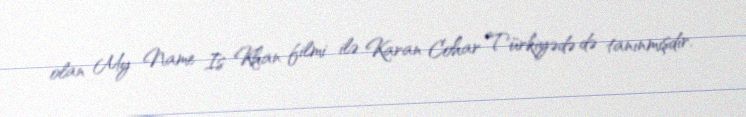
olan My Name Is Khan filmi ilə Karan Cohar Türkiyədə də tanınmışdır.